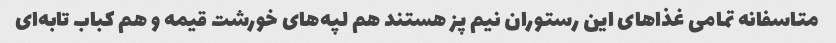
متاسفانه تمامی غذاهای این رستوران نیم پز هستند هم لپه‌های خورشت قیمه و هم کباب تابه‌ای